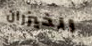
الخيزران